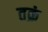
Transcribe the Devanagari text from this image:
तक्रं